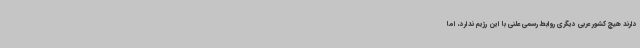
دارند هیچ کشور عربی دیگری روابط رسمی علنی با این رژیم ندارد، اما